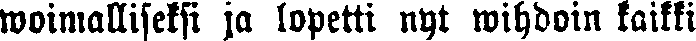
woimalliseksi ja lopetti nyt wihdoin kaikki